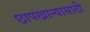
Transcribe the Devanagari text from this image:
छापखान्यासाठी